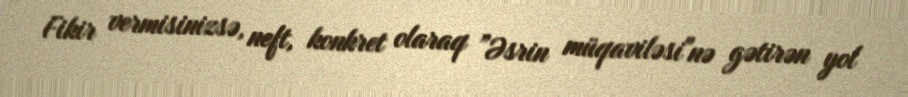
Fikir vermisinizsə, neft, konkret olaraq ”Əsrin müqaviləsi"nə gətirən yol